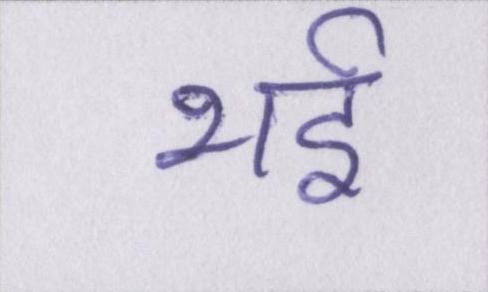
भई